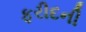
ફરીદની